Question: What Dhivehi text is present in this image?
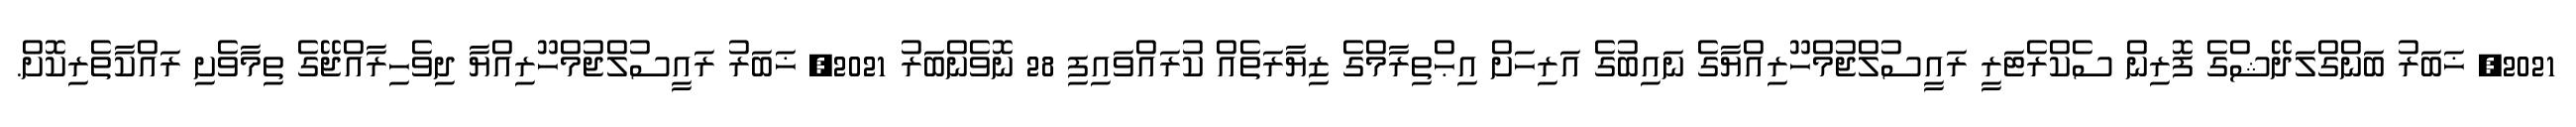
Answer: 2021, ޚަބަރު ބަންގްލަދޭޝްގެ ފޮރިން ސެކްރެޓަރީ ރައީސުލްޖުމްހޫރިއްޔާގެ ނައިބުގެ އަރިހަށް އިޙްތިރާމްގެ ޒިޔާރަތެއް ކުރައްވައިފި 28 ނޮވެންބަރު 2021, ޚަބަރު ރައީސުލްޖުމްހޫރިއްޔާ ދިވެހިރާއްޖޭގެ ތިމާވެށި ރައްކާތެރިކޮށް.